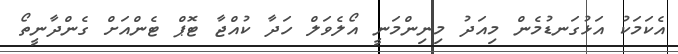
އެކަމަކު އަޅުގަނޑުމެން މިއަދު މިނިންމަނީ އޯލެވަލް ހަދާ ކުއްޖާ ޓޮޕް ޓެންއަށް ގެންދާނީތޯ